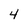
Character: 4